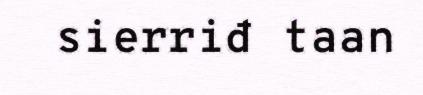
sierriđ taan